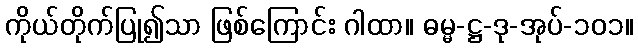
ကိုယ်တိုက်ပြု၍သာ ဖြစ်ကြောင်း ဂါထာ။ ဓမ္မ-ဋ္ဌ-ဒု-အုပ်-၁၀၁။